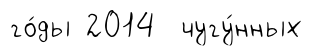
го́ды 2014 чугу́нных